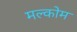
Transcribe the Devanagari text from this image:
मल्कोम